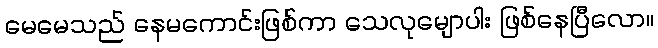
မေမေသည် နေမကောင်းဖြစ်ကာ သေလုမျောပါး ဖြစ်နေပြီလော။